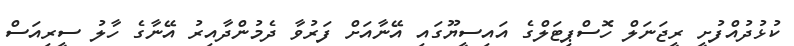
ކުޅުދުއްފުށީ ރީޖަނަލް ހޮސްޕިޓަލްގެ އައިސީޔޫގައި އޭނާއަށް ފަރުވާ ދެމުންދާއިރު އޭނާގެ ހާލު ސީރިއަސް